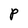
Character: P